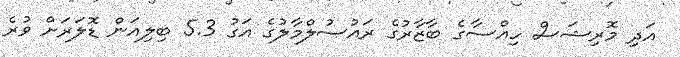
އަދި މޮރިޝަސް ހިއްސާގެ ބާޒާރުގެ ރައުސުލްމާލުގެ އަގު 5.3 ބިލިއަން ޑޮލަރަށް ވުރެ